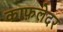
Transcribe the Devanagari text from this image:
काफ़लेदर